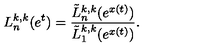
L _ { n } ^ { k , k } ( e ^ { t } ) = \frac { \tilde { L } _ { n } ^ { k , k } ( e ^ { x ( t ) } ) } { \tilde { L } _ { 1 } ^ { k , k } ( e ^ { x ( t ) } ) } .